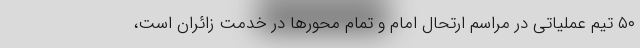
۵۰ تیم عملیاتی در مراسم ارتحال امام و تمام محورها در خدمت زائران است،